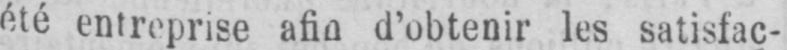
été entreprise afin d’obtenir les satisfac-